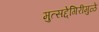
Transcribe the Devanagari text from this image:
मुत्सद्देगिरीमुळे